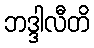
ဘဒ္ဒါလီတိ